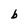
Character: b